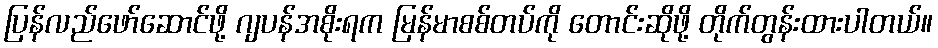
ပြန်လည်ဖော်ဆောင်ဖို့ ဂျပန်အစိုးရက မြန်မာစစ်တပ်ကို တောင်းဆိုဖို့ တိုက်တွန်းထားပါတယ်။